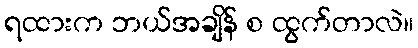
ရထားက ဘယ်အချိန် စ ထွက်တာလဲ။